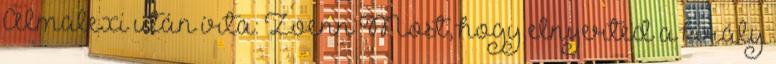
Almalexi után írta: Zoenn Most, hogy elnyerted a király